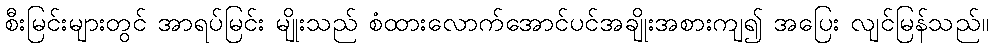
စီးမြင်းများတွင် အာရပ်မြင်း မျိုးသည် စံထားလောက်အောင်ပင်အချိုးအစားကျ၍ အပြေး လျင်မြန်သည်။